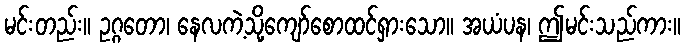
မင်းတည်း။ ဥဂ္ဂတော၊ နေလကဲ့သို့ကျော်စောထင်ရှားသော။ အယံပန၊ ဤမင်းသည်ကား။